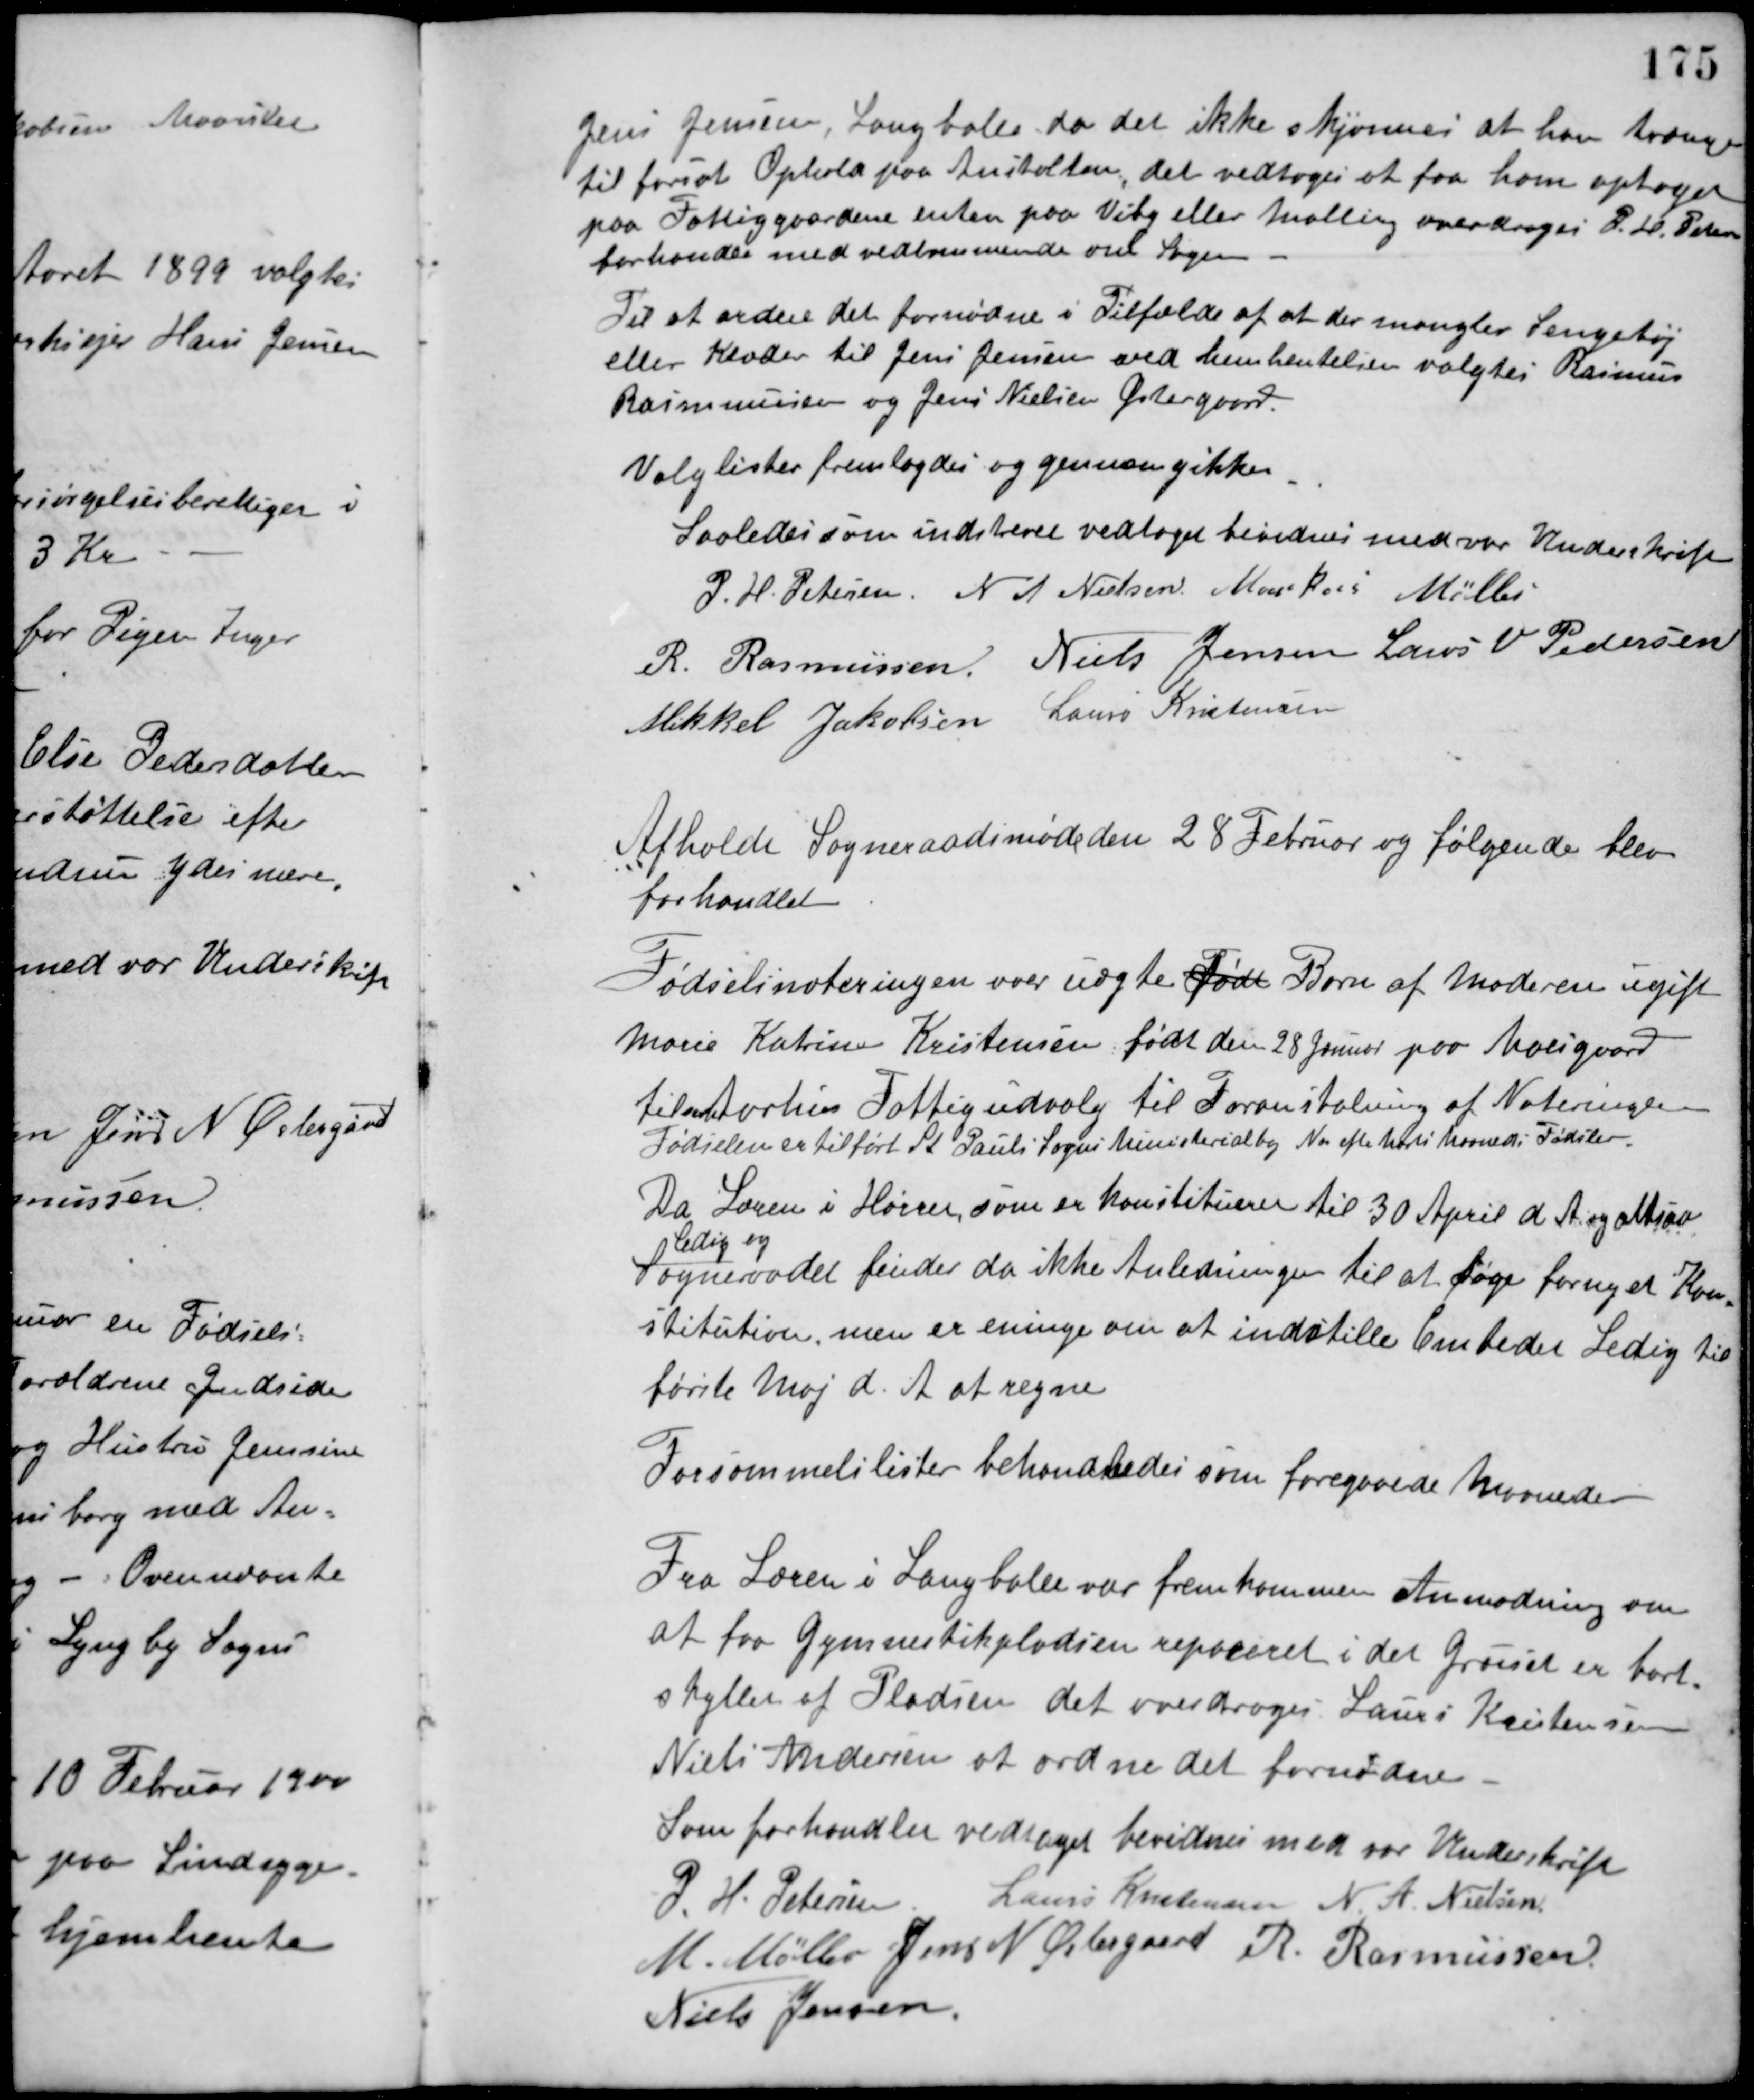
Transskription:
Jens Jensen, Langballe da det ikke skjønnes at han trænger
til fortsat Ophold paa Anstalten, det vedtoges at faa ham optaget
paa Fattiggaardene enten paa Viby eller Malling overdroges P. H. Petersen
forhandle med vedkommende om Sagen.
Til at ordne det fornødne i Tilfælde af at der mangler Sengetøj
eller Klæder til Jens Jensen ved hemhentelsen valgtes Rasmus
Rasmussen og Jens Nielsen Østergaard.
Valglister fremlagdes og gennemgikkes.
Saaledes som indskrevet vedtaget bevidnes med vor Underskrift
P. H. Petersen N. A. Nielsen Markus Møller
R. Rasmussen Niels Jensen Laurs V. Pedersen
Mikkel Jakobsen Laurs Kristensen
Afholdt Sogneraadsmøde den 28 Februar og følgende blev
forhandlet.
Fødselsnoteringen over uægte født Barn af Moderen ugift
Marie Katrine Kristensen født den 28 Januar paa Moesgaard
tilsendt Aarhus Fattigudvalg til Foranstalning af Noteringen.
Fødselen er tilført St. Pauls Sogns Ministerialbog No. efter Marts Maaneds Fødsler.
Da Læreren i Hørret, som er konstitueret til 30 April d. A. og altsaa
Ledig og
Sogneraadet finder da ikke Anledningen til at søge fornyet Kon-
stitution, men er eninge om at indstille Embedet Ledig til
første Maj d. A. at regne.
Forsømmelslister behandledes som foregaaede Maaneder.
Fra Læren i Langballe var fremkommen Anmodning om
at faa Gymnastikpladsen repareret i det Gruset er bort-
skyllet af Pladsen det overdroges Laurs Kristensen
Niels Andersen at ordne det fornødne.
Som forhandlet vedtaget bevidnes med vor Underskrift
P. H. Petersen Laurs Kristensen N. A. Nielsen
M. Møller Jens N. Østergaard R. Rasmussen
Niels Jensen